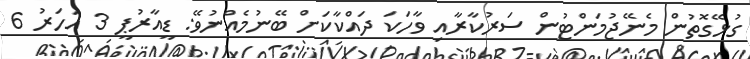
ގުޅޭގޮތުން މެނޭޖުމަންޓުން ސަރުކާރާއި ވާހަކަ ދައްކާކަށް ބޭނުމެއްނުވޭ: ޑީއާރުޕީ 3 އަހަރު 6